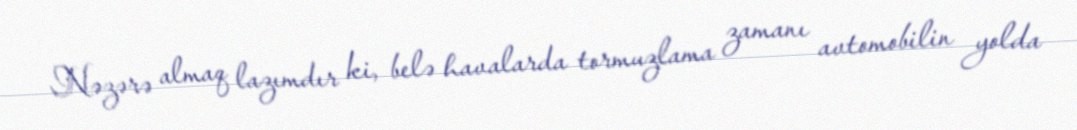
Nəzərə almaq lazımdır ki, belə havalarda tormuzlama zamanı avtomobilin yolda